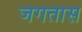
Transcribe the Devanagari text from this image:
जगतास